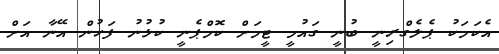
އެކަަަމަކު ޕެލެގްރިނީ ބުނީ ގައުމީ ޓީމަށް ކޮމްޕެނީ ކުޅުނު ފަހުން އޭނާ އަށް